65_HS1-834228961_62-HQ-83894_Section_9
Agency: FBI
Page 109
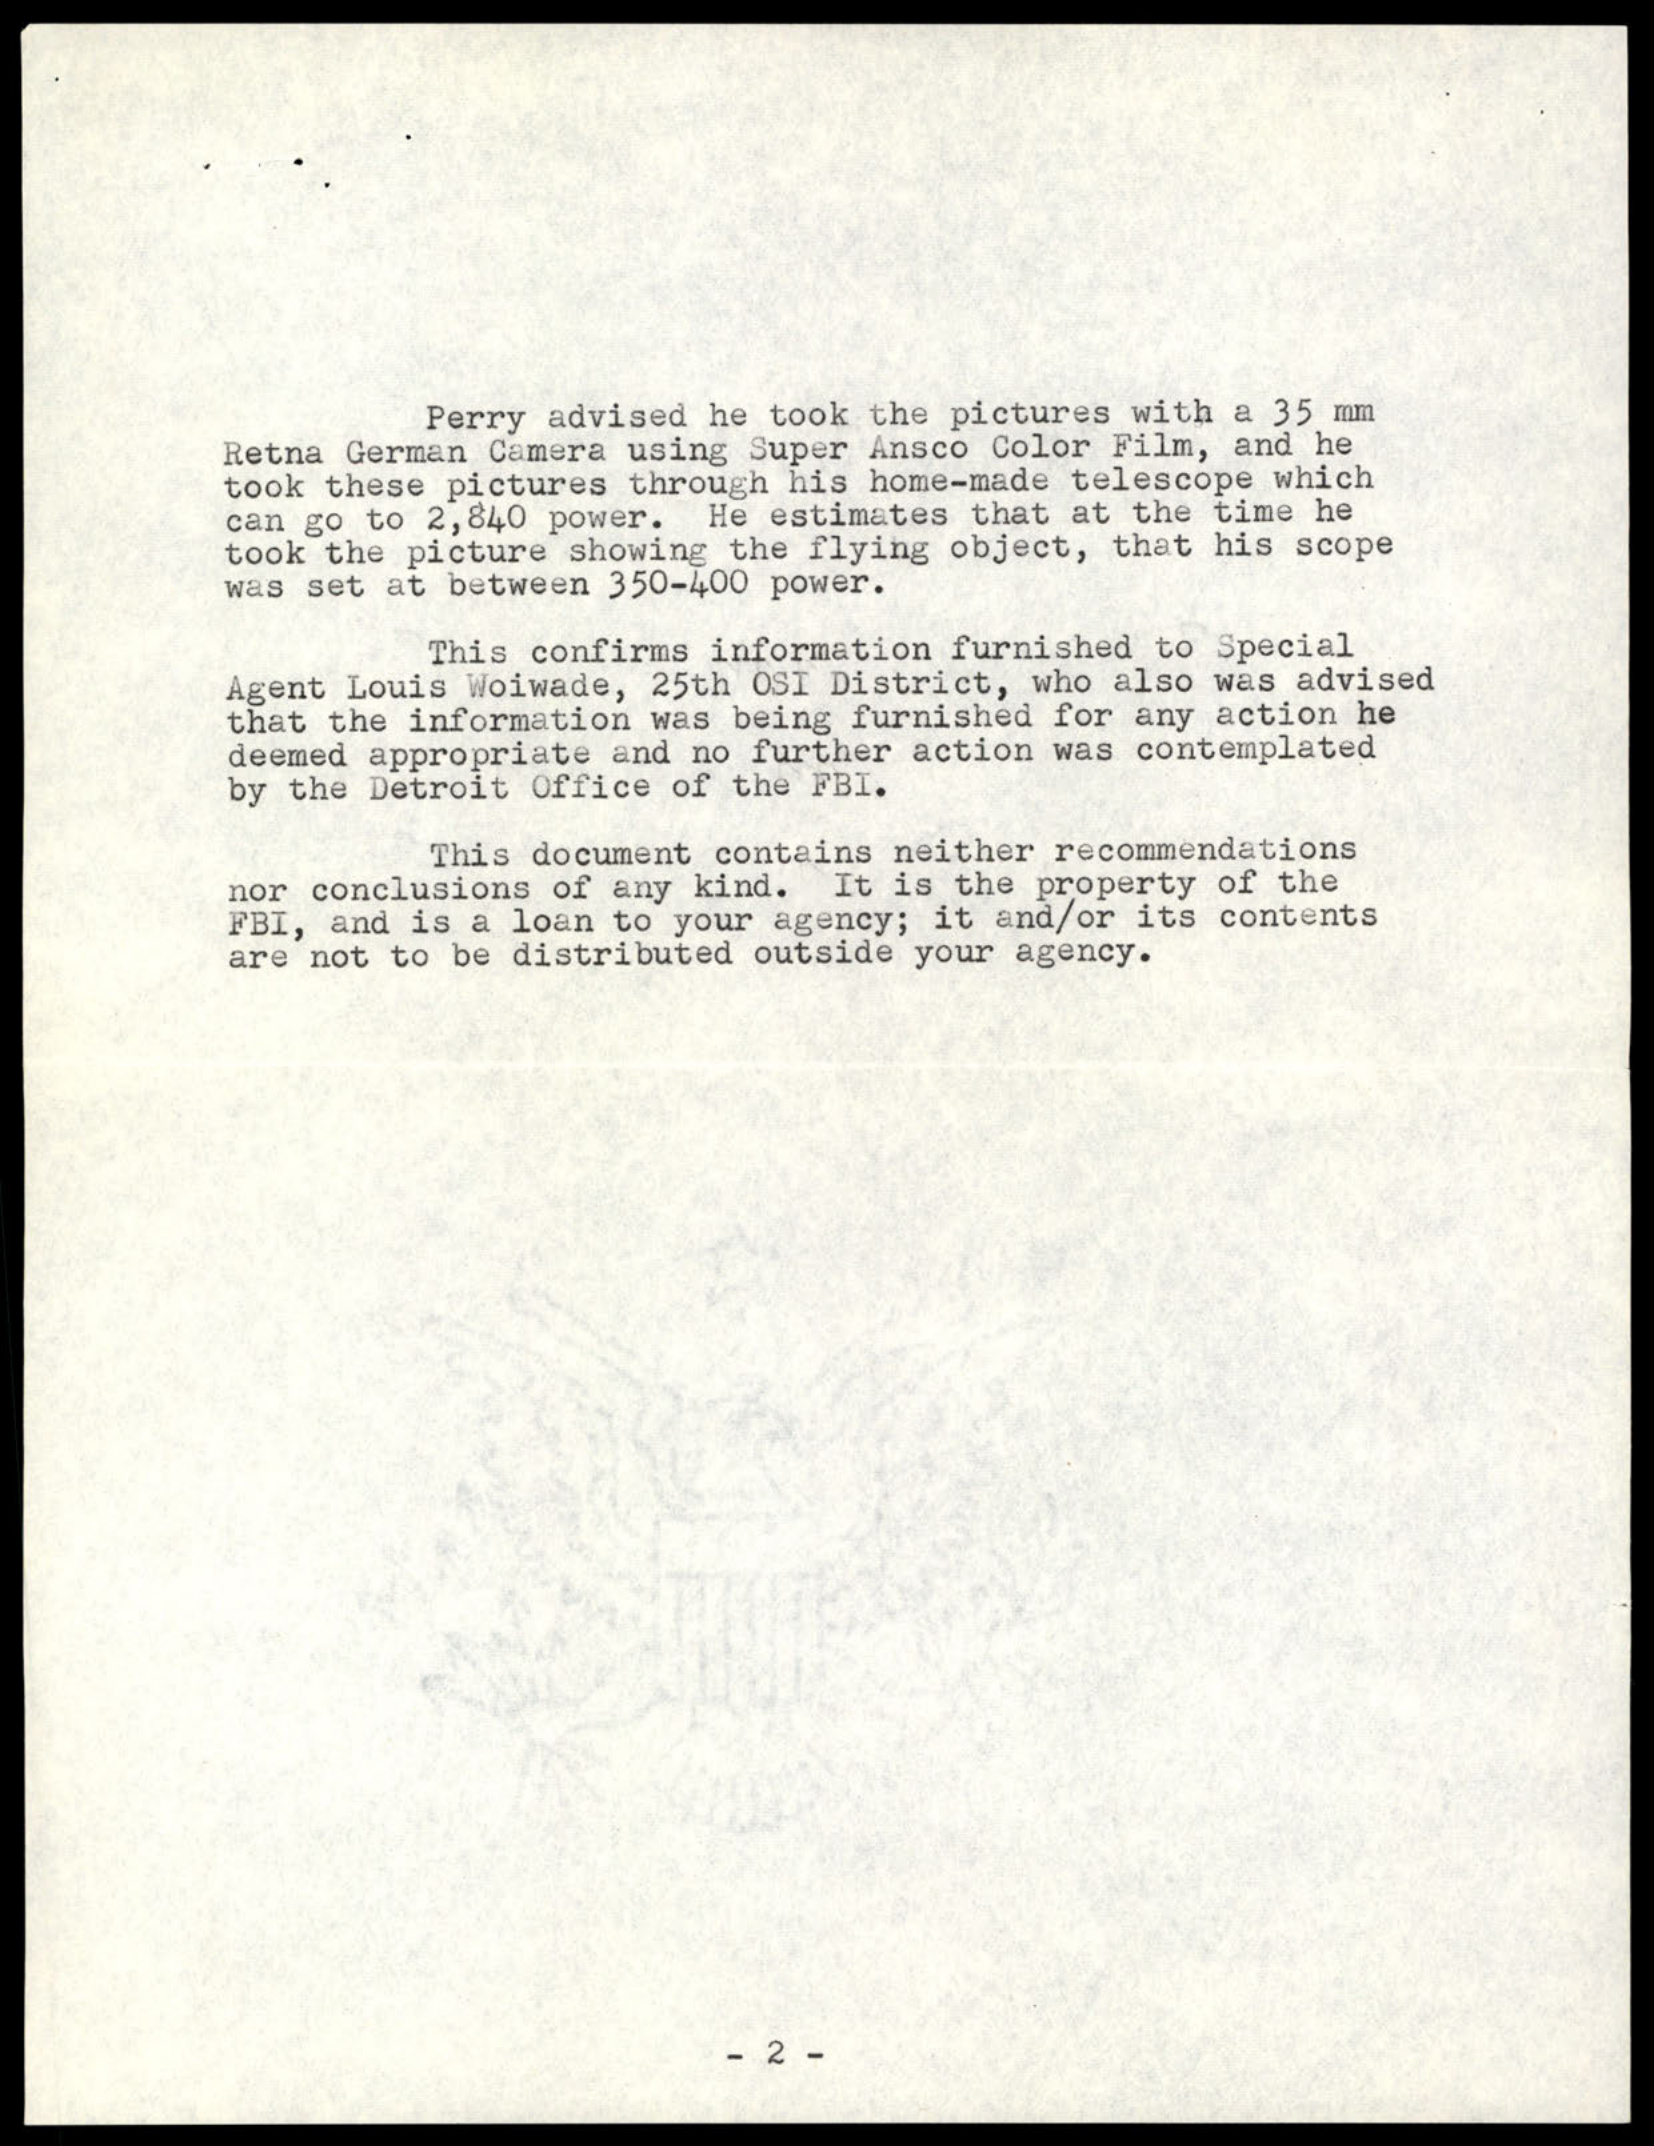